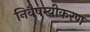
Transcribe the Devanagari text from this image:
निवैषम्यीकरण